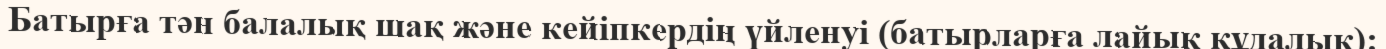
Батырға тән балалық шақ және кейіпкердің үйленуі (батырларға лайық құдалық):